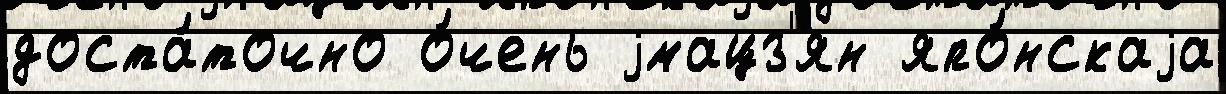
доста́точно о́чень jмацз'ян япо́нскаjа